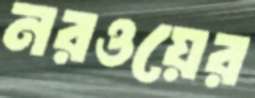
নরওয়ের